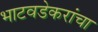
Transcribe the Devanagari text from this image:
भाटवडेकरांचा